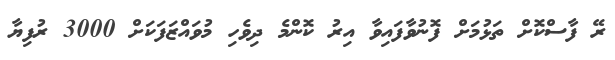
ރޭ ފާސްކޮށް ތަޅުމަށް ފޮނުވާފައިވާ އިރު ކޮންމެ ދިވެހި މުވައްޒަފަކަށް 3000 ރުފިޔާ